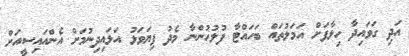
އަދި ގަވައިދާ ހިލާފަށް އަމަލުތައް ބަހައްޓާ ފުލުހުންނާ މެދު ފިޔަވަޅު އަޅައިދިނުމަށް އެންއައިސީއަށް